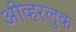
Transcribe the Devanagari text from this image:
ओव्हरलुक